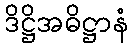
ဒိဋ္ဌိအဓိဋ္ဌာနံ